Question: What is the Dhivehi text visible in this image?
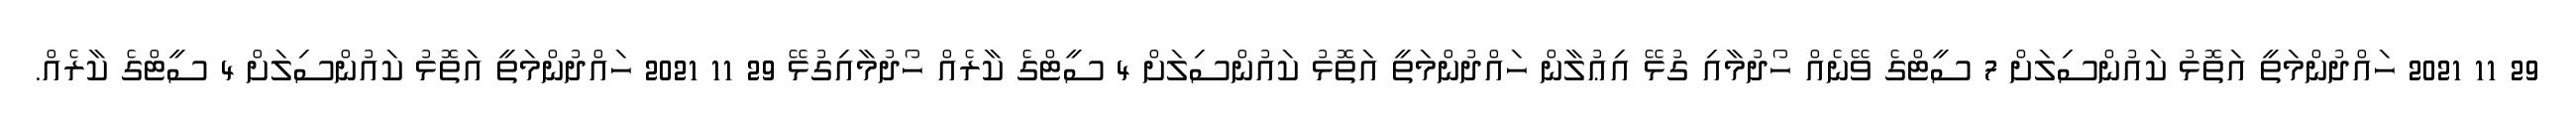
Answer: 29 11 2021 ހައްދުންމަތީ އަތޮޅު ކައުންސިލަށް 7 ސީޓްގެ ވޭނެއް ހޯދުމާއި ގުޅޭ އިޢުލާން ހައްދުންމަތީ އަތޮޅު ކައުންސިލަށް 4 ސީޓްގެ ކާރެއް ހޯދުމާއިގުޅޭ 29 11 2021 ހައްދުންމަތީ އަތޮޅު ކައުންސިލަށް 4 ސީޓްގެ ކާރެއް.